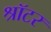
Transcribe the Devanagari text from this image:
श्रॉटर